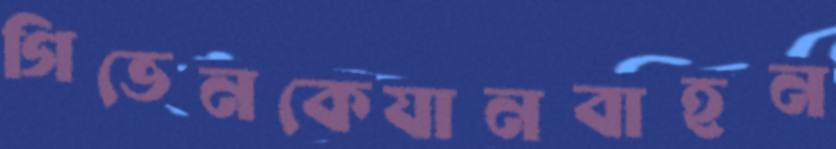
গিভেনকেযানবাহন